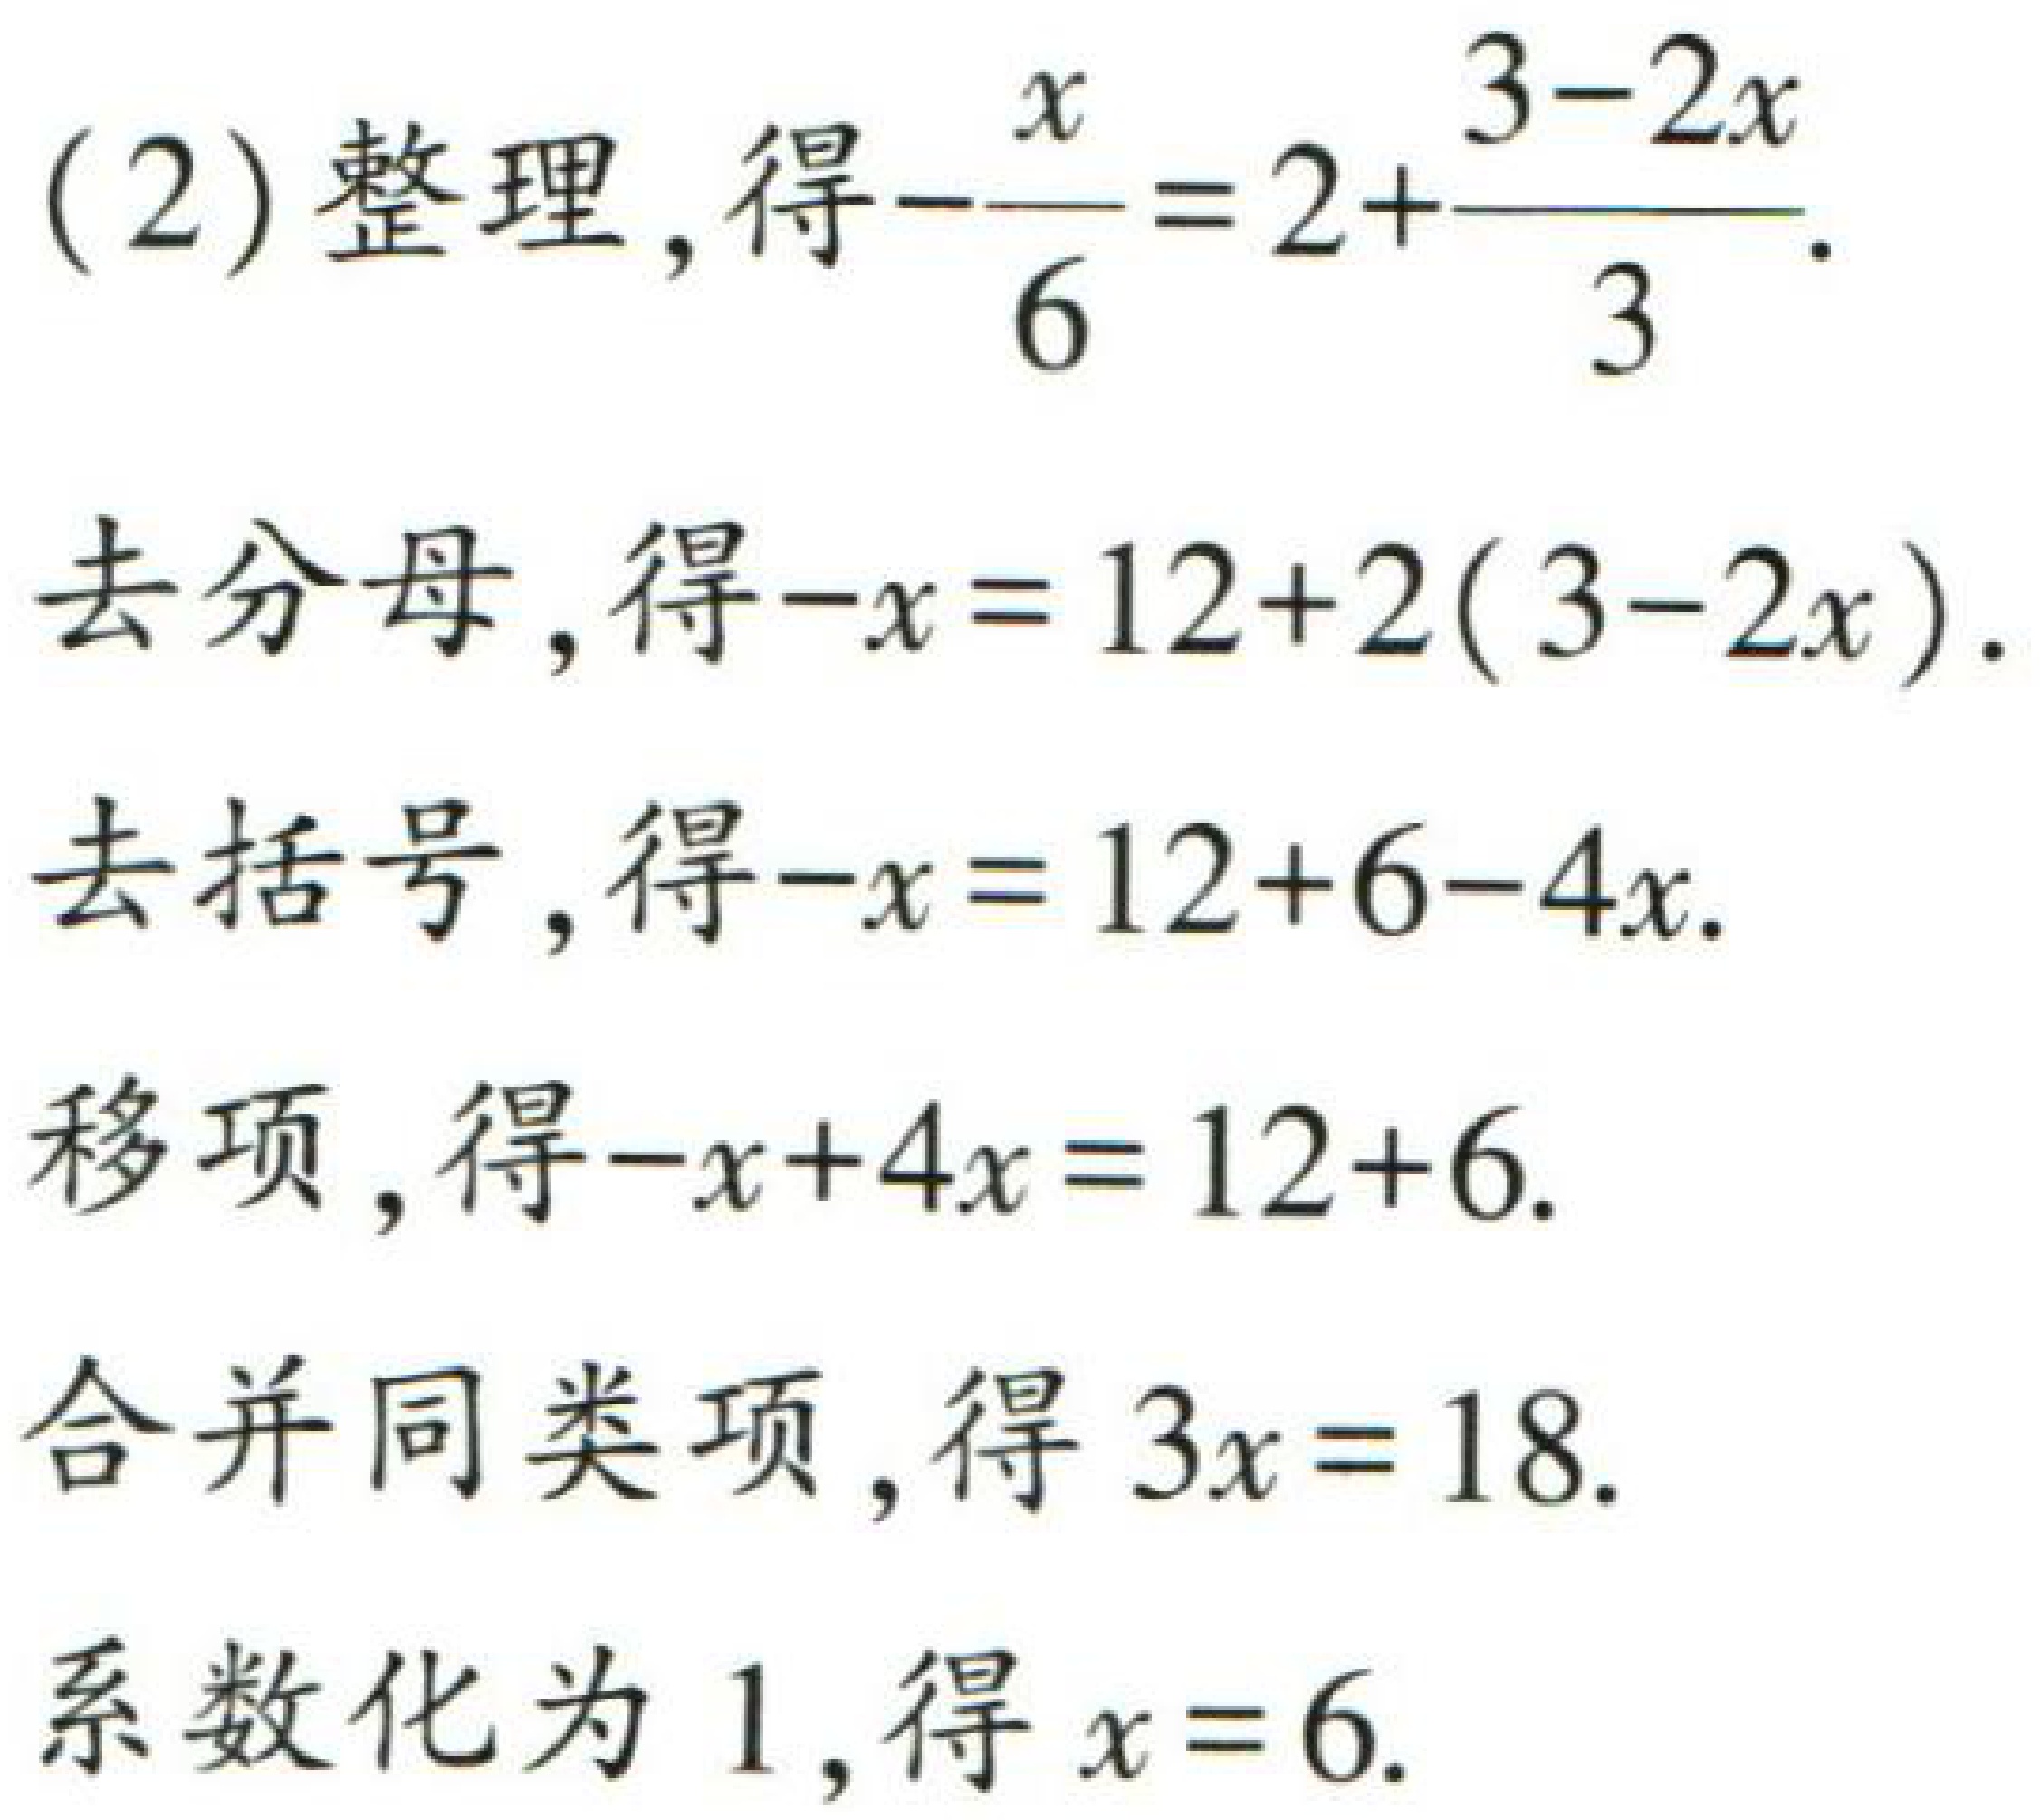
(2) 整理，得\(-\frac{x}{6}=2+\frac{3 - 2x}{3}\).

去分母，得\(-x = 12 + 2(3 - 2x)\).

去括号，得\(-x = 12 + 6 - 4x\).

移项，得\(-x + 4x = 12 + 6\).

合并同类项，得\(3x = 18\).

系数化为1，得\(x = 6\).